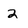
Character: 2